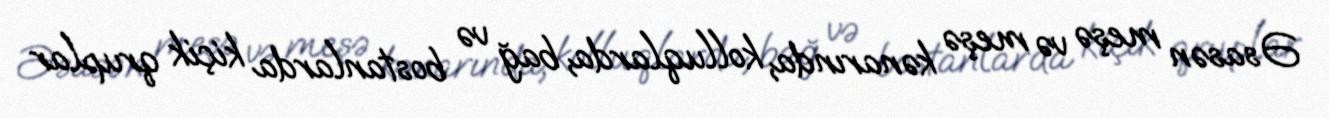
Əsasən meşə və meşə kənarında, kolluqlarda, bağ və bostanlarda kiçik qruplar